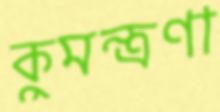
কুমন্ত্রণা